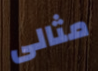
مثالى